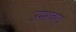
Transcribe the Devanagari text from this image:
उमरावपद